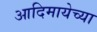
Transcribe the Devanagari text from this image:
आदिमायेच्या